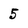
Character: 5